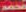
محمد